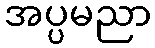
အပ္ပမညာ